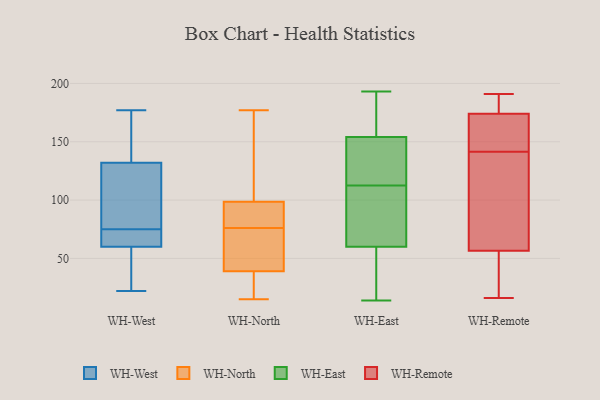
{"axis": {"x": "Website Visitors", "y": "Value"}, "legend": ["WH-East", "WH-North", "WH-Remote", "WH-West"], "data": [{"x": "", "y": 111, "type": "WH-West"}, {"x": "", "y": 54, "type": "WH-West"}, {"x": "", "y": 70, "type": "WH-West"}, {"x": "", "y": 22, "type": "WH-West"}, {"x": "", "y": 132, "type": "WH-West"}, {"x": "", "y": 60, "type": "WH-West"}, {"x": "", "y": 75, "type": "WH-West"}, {"x": "", "y": 156, "type": "WH-West"}, {"x": "", "y": 75, "type": "WH-West"}, {"x": "", "y": 177, "type": "WH-West"}, {"x": "", "y": 83, "type": "WH-North"}, {"x": "", "y": 177, "type": "WH-North"}, {"x": "", "y": 75, "type": "WH-North"}, {"x": "", "y": 78, "type": "WH-North"}, {"x": "", "y": 138, "type": "WH-North"}, {"x": "", "y": 50, "type": "WH-North"}, {"x": "", "y": 21, "type": "WH-North"}, {"x": "", "y": 29, "type": "WH-North"}, {"x": "", "y": 41, "type": "WH-North"}, {"x": "", "y": 77, "type": "WH-North"}, {"x": "", "y": 15, "type": "WH-North"}, {"x": "", "y": 37, "type": "WH-North"}, {"x": "", "y": 114, "type": "WH-North"}, {"x": "", "y": 83, "type": "WH-North"}, {"x": "", "y": 58, "type": "WH-North"}, {"x": "", "y": 133, "type": "WH-North"}, {"x": "", "y": 172, "type": "WH-East"}, {"x": "", "y": 148, "type": "WH-East"}, {"x": "", "y": 135, "type": "WH-East"}, {"x": "", "y": 191, "type": "WH-East"}, {"x": "", "y": 64, "type": "WH-East"}, {"x": "", "y": 193, "type": "WH-East"}, {"x": "", "y": 60, "type": "WH-East"}, {"x": "", "y": 20, "type": "WH-East"}, {"x": "", "y": 154, "type": "WH-East"}, {"x": "", "y": 71, "type": "WH-East"}, {"x": "", "y": 131, "type": "WH-East"}, {"x": "", "y": 51, "type": "WH-East"}, {"x": "", "y": 175, "type": "WH-East"}, {"x": "", "y": 14, "type": "WH-East"}, {"x": "", "y": 47, "type": "WH-East"}, {"x": "", "y": 147, "type": "WH-East"}, {"x": "", "y": 94, "type": "WH-East"}, {"x": "", "y": 66, "type": "WH-East"}, {"x": "", "y": 16, "type": "WH-Remote"}, {"x": "", "y": 167, "type": "WH-Remote"}, {"x": "", "y": 22, "type": "WH-Remote"}, {"x": "", "y": 175, "type": "WH-Remote"}, {"x": "", "y": 183, "type": "WH-Remote"}, {"x": "", "y": 145, "type": "WH-Remote"}, {"x": "", "y": 36, "type": "WH-Remote"}, {"x": "", "y": 173, "type": "WH-Remote"}, {"x": "", "y": 78, "type": "WH-Remote"}, {"x": "", "y": 138, "type": "WH-Remote"}, {"x": "", "y": 191, "type": "WH-Remote"}, {"x": "", "y": 77, "type": "WH-Remote"}]}